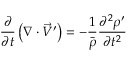
\frac { \partial } { \partial t } \left( \nabla \cdot \vec { V } ^ { \prime } \right) = - \frac { 1 } { \bar { \rho } } \frac { \partial ^ { 2 } \rho ^ { \prime } } { \partial t ^ { 2 } }